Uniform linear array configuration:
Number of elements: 12
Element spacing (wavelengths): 0.75
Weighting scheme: hamming
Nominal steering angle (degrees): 0
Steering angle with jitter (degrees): -1.389
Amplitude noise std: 0.05
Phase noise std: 0.05

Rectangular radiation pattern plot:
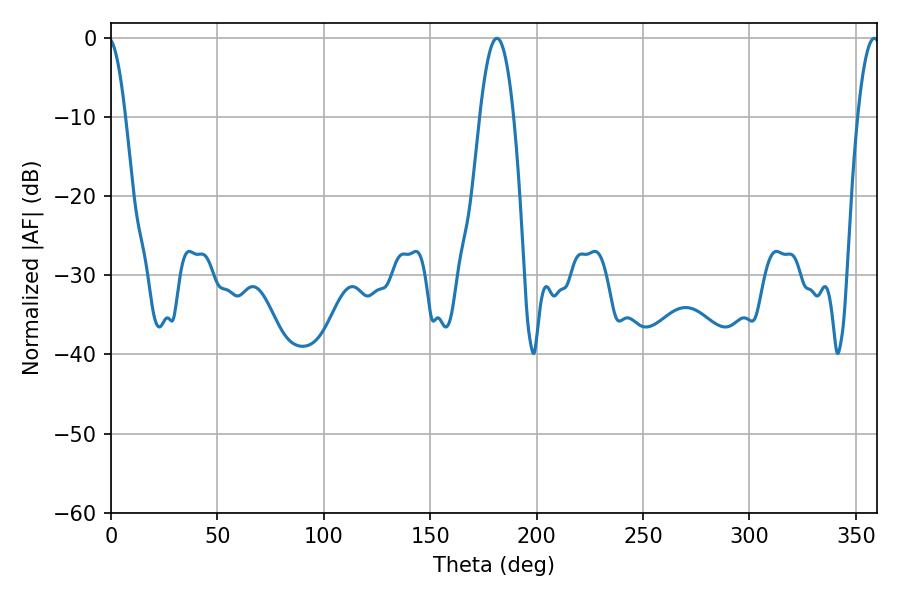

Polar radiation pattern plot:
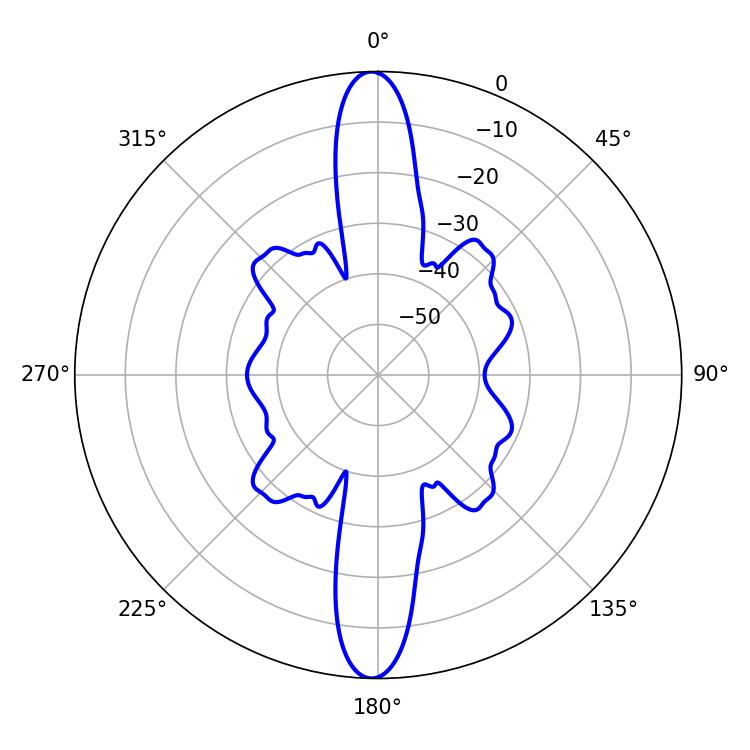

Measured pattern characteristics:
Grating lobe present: TRUE
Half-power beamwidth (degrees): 8.64
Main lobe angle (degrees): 181.26